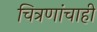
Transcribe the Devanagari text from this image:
चित्रणांचाही